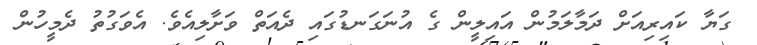
ގަޔާ ކައިރިއަށް ދަމާލަމުން އައިލީން ގެ އުނަގަނޑުގައި ދެއަތް ވަށާލިއެވެ. އެވަގުތު ދެމީހުން